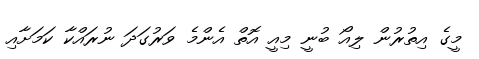
މީގެ އިތުރުން ލިއޯ ބުނީ މިއީ އޮތް އެންމެ ވަރުގަދަ ނުރައްކާ ކަމަށާއި